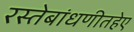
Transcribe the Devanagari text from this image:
रस्तेबांधणीतहेए